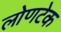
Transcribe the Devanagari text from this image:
लोणटेक